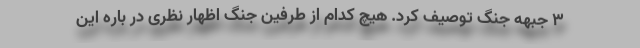
3 جبهه جنگ توصیف کرد. هیچ کدام از طرفین جنگ اظهار نظری در باره این